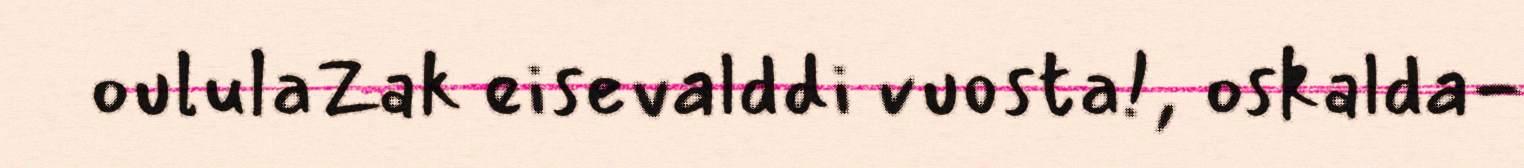
oululaZak eisevalddi vuosta!, oskalda-